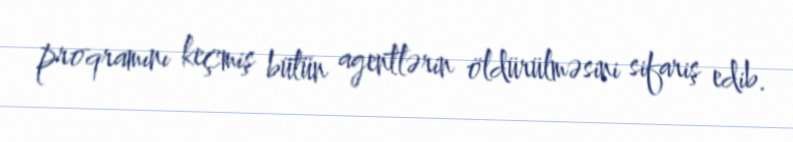
proqramını keçmiş bütün agentlərin öldürülməsini sifariş edib.